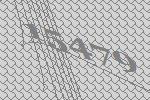
15479